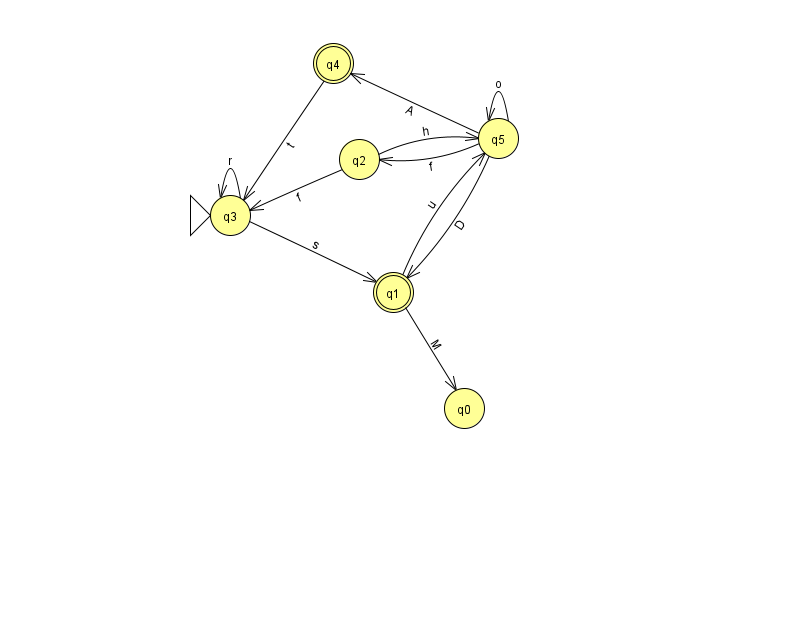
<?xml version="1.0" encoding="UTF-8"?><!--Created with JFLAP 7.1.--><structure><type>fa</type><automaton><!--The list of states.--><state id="0" name="q0"><x>464.0</x><y>395.0</y></state><state id="1" name="q1"><x>393.0</x><y>279.0</y><final/></state><state id="2" name="q2"><x>359.0</x><y>146.0</y></state><state id="3" name="q3"><x>230.0</x><y>202.0</y><initial/></state><state id="4" name="q4"><x>333.0</x><y>50.0</y><final/></state><state id="5" name="q5"><x>498.0</x><y>125.0</y></state><!--The list of transitions.--><transition><from>1</from><to>0</to><read>M</read></transition><transition><from>3</from><to>3</to><read>r</read></transition><transition><from>5</from><to>1</to><read>D</read></transition><transition><from>5</from><to>2</to><read>f</read></transition><transition><from>1</from><to>5</to><read>u</read></transition><transition><from>4</from><to>3</to><read>t</read></transition><transition><from>3</from><to>1</to><read>s</read></transition><transition><from>5</from><to>4</to><read>A</read></transition><transition><from>2</from><to>5</to><read>h</read></transition><transition><from>2</from><to>3</to><read>f</read></transition><transition><from>5</from><to>5</to><read>o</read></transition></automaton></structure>